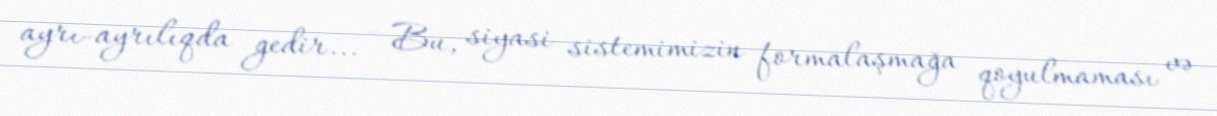
ayrı-ayrılıqda gedir... - Bu, siyasi sistemimizin formalaşmağa qoyulmaması və